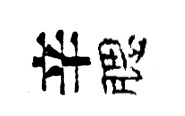
辛腮